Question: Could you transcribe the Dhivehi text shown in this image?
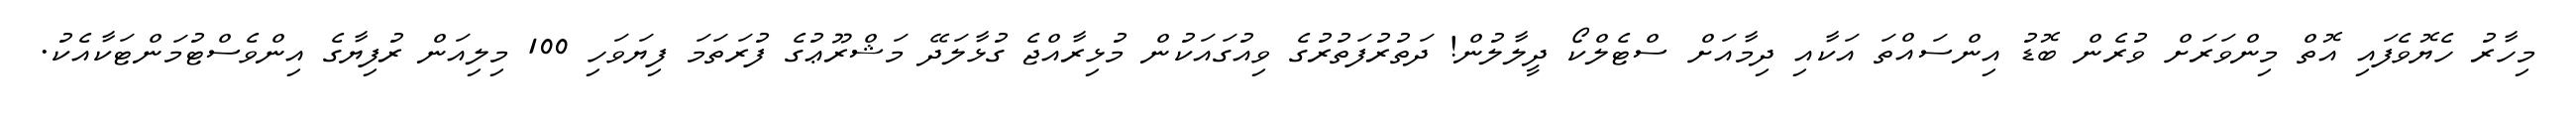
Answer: މިހާރު ހެޔޮވެފައި އޮތް މިންވަރަށް ވުރެން ބޮޑު އިންސައްތަ އަކާއި ދިމާއަށް ސްޓެލްކޯ ދީލާލުން! ދަތުރުފަތުރުގެ ވިއުގައަކުން މުޅިރާއްޖެ ގުޅާލަދޭ މަޝްރޫޢުގެ ފުރަތަމަ ފިޔަވަހި 100 މިލިއަން ރުފިޔާގެ އިންވެސްޓުމަންޓަކާއެކު.